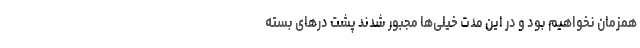
همزمان نخواهیم بود و در این مدت خیلی‌ها مجبور شدند پشت درهای بسته